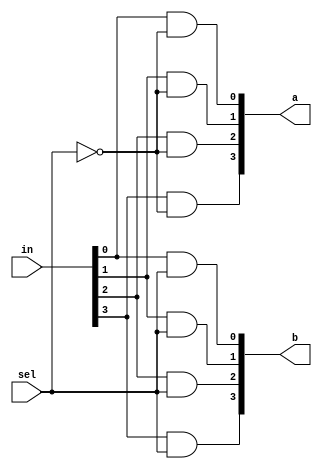
`timescale 1ns/1ps

module Dmux_1x2_4bit(in, a, b, sel);
     input [4-1:0] in;
     input sel;
     output [4-1:0] a,b;

     wire notsel;
     not notselwire(notsel, sel);

     and and_a0(a[0], in[0], notsel);
     and and_a1(a[1], in[1], notsel);
     and and_a2(a[2], in[2], notsel);
     and and_a3(a[3], in[3], notsel);

     and and_b0(b[0], in[0], sel);
     and and_b1(b[1], in[1], sel);
     and and_b2(b[2], in[2], sel);
     and and_b3(b[3], in[3], sel);

endmodule

module Dmux_1x4_4bit(in, a, b, c, d, sel);
     input [4-1:0] in;
     input [2-1:0] sel;
     output [4-1:0] a, b, c, d;

     wire [4-1:0] fronttop, frontbot;
     Dmux_1x2_4bit front(in, fronttop, frontbot, sel[1]);
     Dmux_1x2_4bit top(fronttop, a, b, sel[0]);
     Dmux_1x2_4bit bot(frontbot, c, d, sel[0]);
endmodule